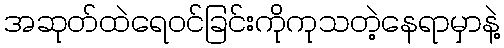
အဆုတ်ထဲရေဝင်ခြင်းကိုကုသတဲ့နေရာမှာနဲ့